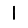
Digit: 1